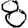
Digit: 8